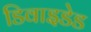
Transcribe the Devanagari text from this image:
डिवाइडेड